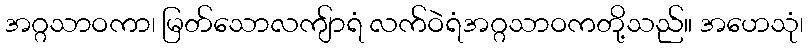
အဂ္ဂသာဝကာ၊ မြတ်သောလကျ်ာရံ လက်ဝဲရံအဂ္ဂသာဝကတို့သည်။ အဟေသုံ၊